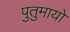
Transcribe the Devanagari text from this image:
पुतुमायो